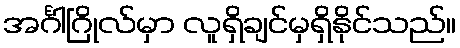
အင်္ဂါဂြိုလ်မှာ လူရှိချင်မှရှိနိုင်သည်။